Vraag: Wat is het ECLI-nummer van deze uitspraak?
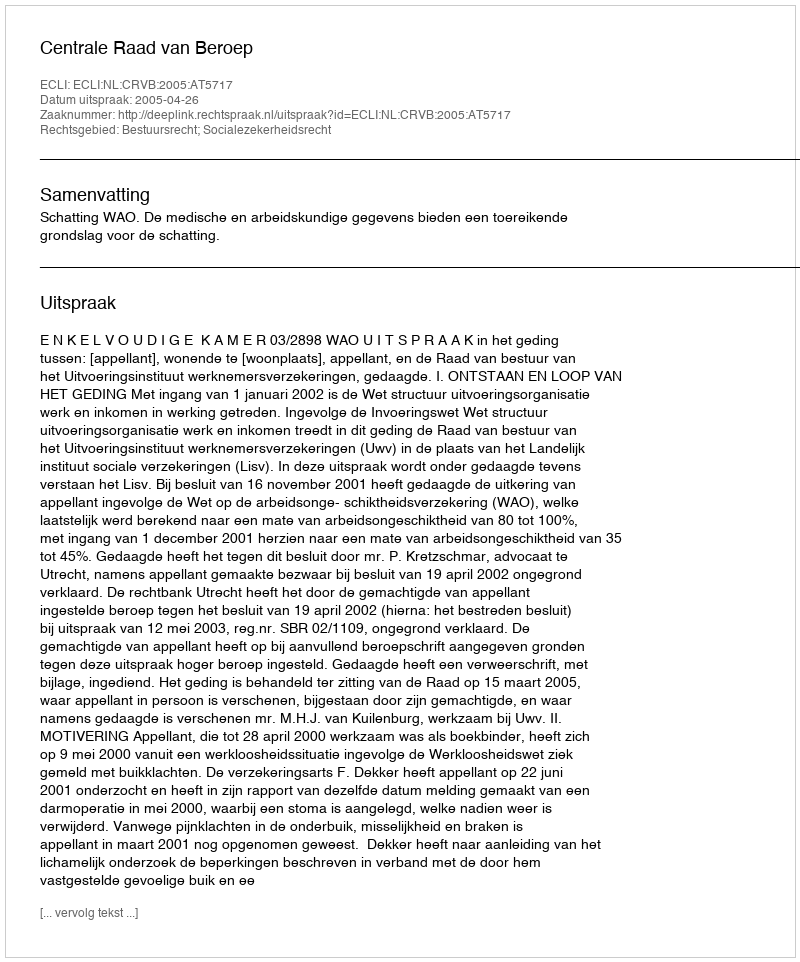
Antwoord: ECLI:NL:CRVB:2005:AT5717